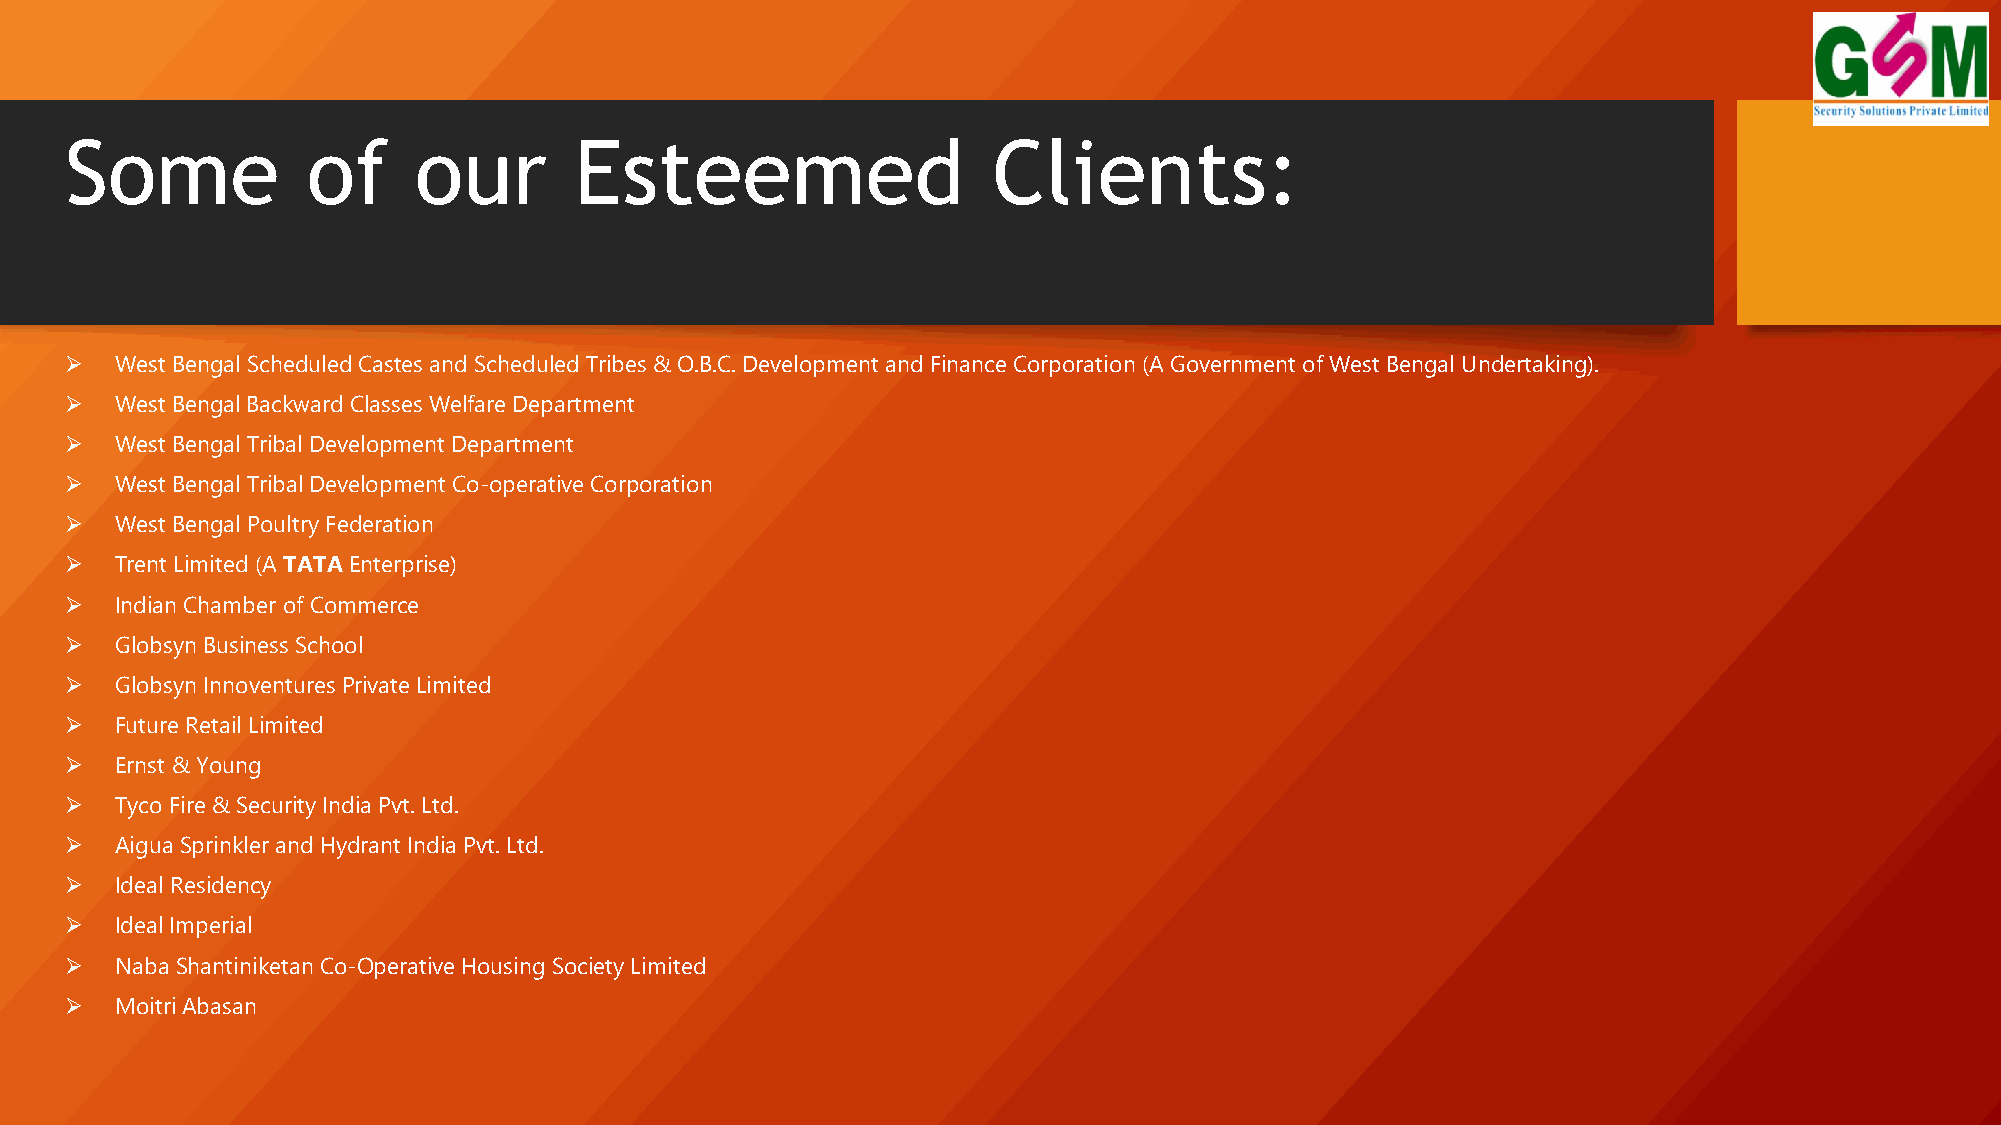
Some            of     our        Esteemed                    Clients:
 ➢   West Bengal Scheduled Castes and Scheduled Tribes & O.B.C. Development and Finance Corporation (A Government of West Bengal Undertaking).
 ➢   West Bengal Backward Classes Welfare Department
 ➢   West Bengal Tribal Development Department
 ➢   West Bengal Tribal Development Co-operative Corporation
 ➢   West Bengal Poultry Federation
 ➢   Trent Limited (A TATAEnterprise)
 ➢   Indian Chamber of Commerce
 ➢   GlobsynBusiness School
 ➢   GlobsynInnoventuresPrivate Limited
 ➢   Future Retail Limited
 ➢   Ernst & Young
 ➢   Tyco Fire & Security India Pvt. Ltd.
 ➢   Aigua Sprinkler and Hydrant India Pvt. Ltd.
 ➢   Ideal Residency
 ➢   Ideal Imperial
 ➢   Naba ShantiniketanCo-Operative Housing Society Limited
 ➢   MoitriAbasan